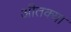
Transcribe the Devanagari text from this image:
अीतक्या